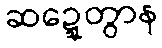
ဆဍ္ဍေတွာန